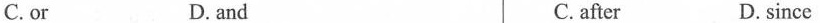
C. or D. and C. after D. since